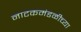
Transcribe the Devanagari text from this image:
नाटकमंडळीच्या